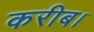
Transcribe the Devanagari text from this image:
करीब।